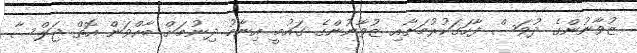
ޒުވާނުންގެ ދުވަސް ފާހަގަކުރުމަށާއި ޒުވާނުންގެ ގައުމީ އިނާމު ދިނުމަށް ބާއްވަން އޮތް ޖަލްސާ